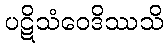
ပဋိသံဝေဒိဿသိ